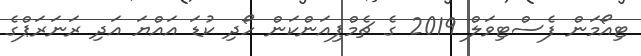
ޓިއޯމަން ފެސްޓިވަލް 2019 ގެ ޗެމްޕިއަންކަން ހޯދި ކުޑަ އައްޔަ އަދި ރަނަރަޕްގެ